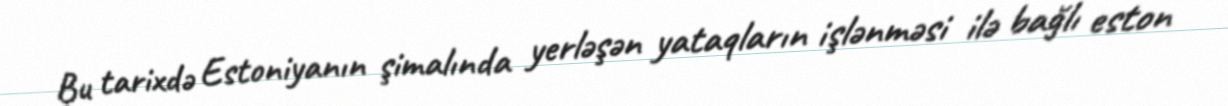
Bu tarixdə Estoniyanın şimalında yerləşən yataqların işlənməsi ilə bağlı eston